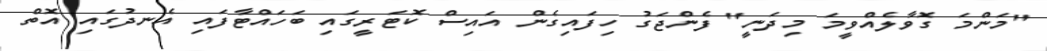
"މަންމަ ގޮވާލެއްވީމަ މިދަނީ" ފެންޖަގު ހިފައިގެން އައިސް ކޮޓަރީގައި ބަހައްޓާފައި އެނދުގައި އޮތް